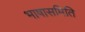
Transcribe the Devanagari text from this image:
भाषासमिति